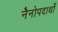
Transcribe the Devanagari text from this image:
नैनोपदार्थों